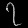
Digit: ၇